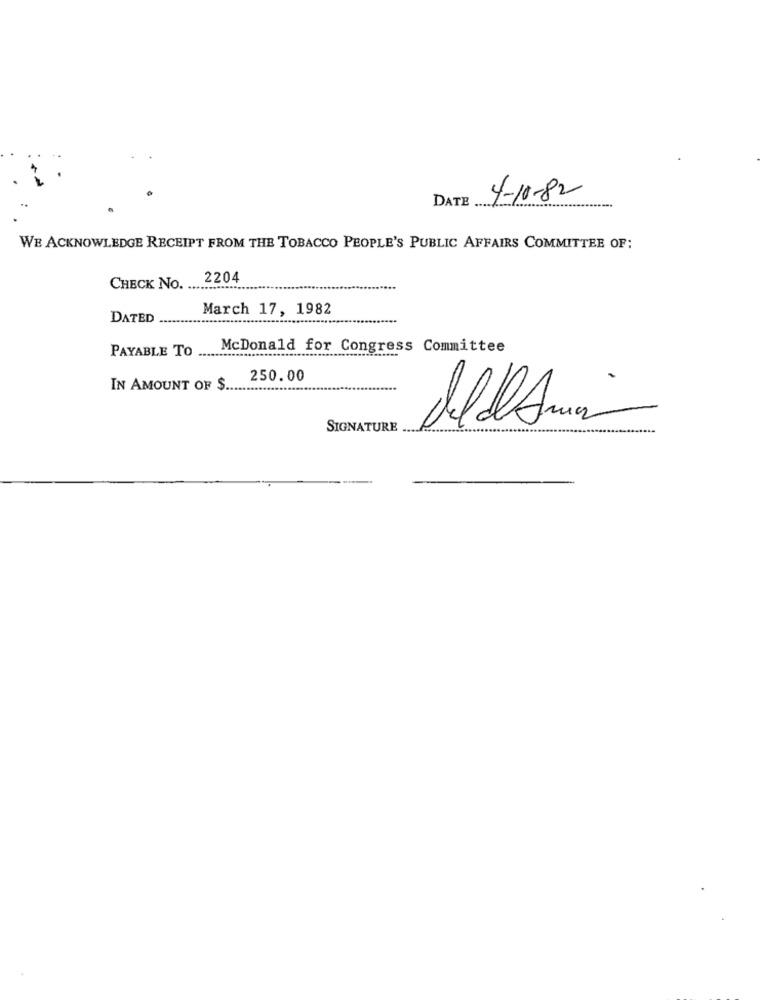
DATE
4-10-82
WE ACKNOWLEDGE RECEIPT FROM THE TOBACCO PEOPLE'S PUBLIC AFFAIRS COMMITTEE OF:
2204
CHECK NO.
March 17, 1982
DATED
McDonald for Congress Committee
PAYABLE TO ........................................
250.00
IN AMOUNT OF $
SIGNATURE